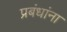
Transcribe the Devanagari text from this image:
प्रबंधांना